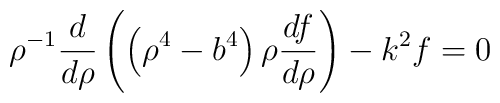
\rho^{-1} {{d}\over{d \rho}} \left( \left(\rho^4 -b^4 \right) \rho {{d f}\over{d \rho}} \right) - k^2 f = 0